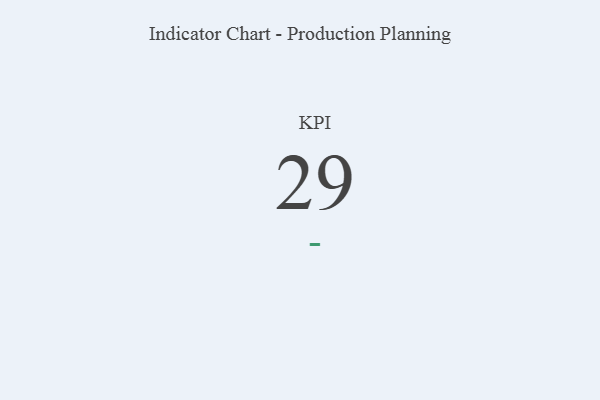
{"axis": {"x": "KPI", "y": "Value"}, "legend": [""], "data": [{"x": "KPI", "y": 29, "type": ""}]}